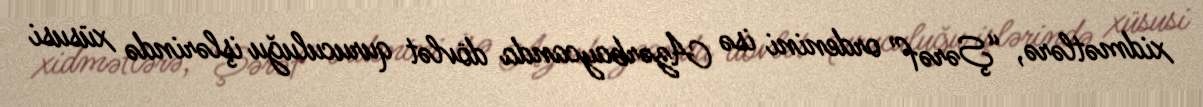
xidmətlərə, “Şərəf” ordenini isə Azərbaycanda dövlət quruculuğu işlərində xüsusi